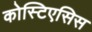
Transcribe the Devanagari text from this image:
कोस्टिएसिस